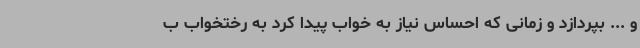
و ... بپردازد و زمانی که احساس نیاز به خواب پیدا کرد به رختخواب ب